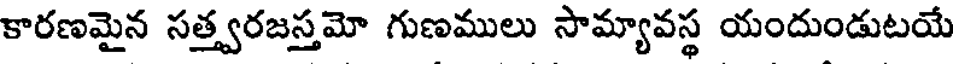
కారణమైన సత్త్వరజస్తమో గుణములు సామ్యావస్థ యందుండుటయే